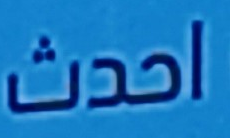
احدث